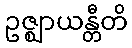
ဥဇ္ဈာယန္တီတိ